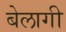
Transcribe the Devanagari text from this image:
बेलागी